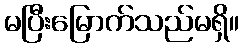
မပြီးမြောက်သည်မရှိ။